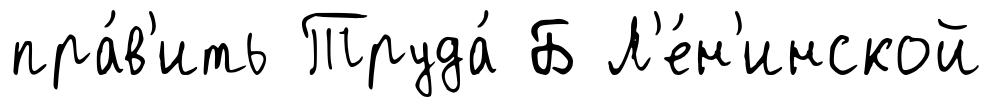
пра́в'ить Труда́ Б Л'е́н'инской